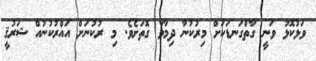
ވަޅުކޮޅު ވަނީ ގާތްގަނޑަކަށް މިރުކުނާ ދިމާވާ ގޮތަށެވެ. މި ރުކުނަށް އައްރުކުނުއް ޝަރުޤީ